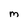
Character: M